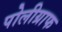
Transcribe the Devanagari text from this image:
पोलीग्राफ